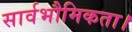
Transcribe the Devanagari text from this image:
सार्वभौमिकता।